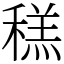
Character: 䅵